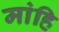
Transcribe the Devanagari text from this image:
मांहि